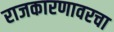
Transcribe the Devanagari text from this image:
राजकारणावरचा